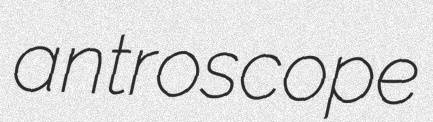
antroscope